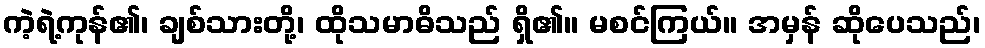
ကဲ့ရဲ့ကုန်၏၊ ချစ်သားတို့၊ ထိုသမာဓိသည် ရှိ၏။ မစင်ကြယ်။ အမှန် ဆိုပေသည်၊